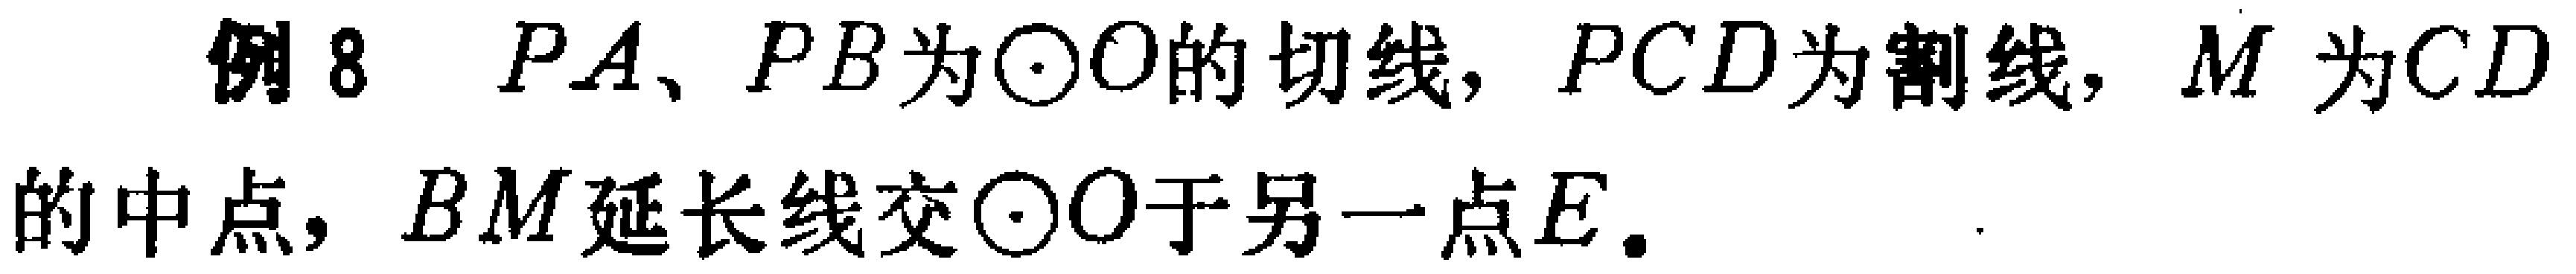
例8 \(PA、PB\)为\(\odot O\)的切线，\(PCD\)为割线，\(M\)为\(CD\)的中点，\(BM\)延长线交\(\odot O\)于另一点\(E\)。